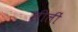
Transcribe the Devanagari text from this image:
लीलीं